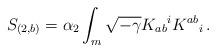
LaTeX: \begin{align*}S_{(2,b)} = \alpha_2 \int_m \sqrt{-\gamma} K_{ab}{}^i K^{ab}{}_i\,.\end{align*}